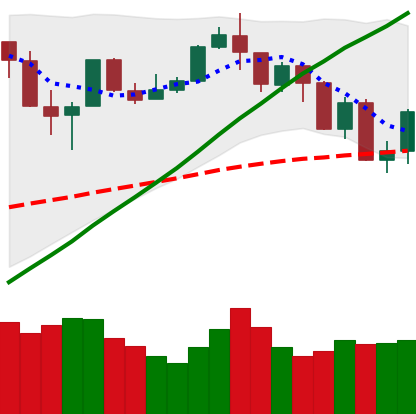
Ticker: BTC-USD
Chart end date: 2019-07-18
Forward return: -7.179%
Label: down_7plus